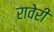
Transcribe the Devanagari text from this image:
रावेरी